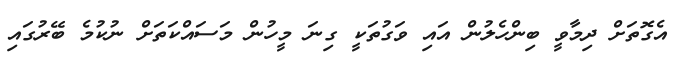
އެގޮތަށް ދިމާވީ ބިންހެލުން އައި ވަގުތަކީ ގިނަ މީހުން މަސައްކަތަށް ނުކުމެ ބޭރުގައި